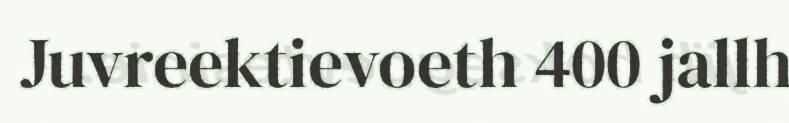
Juvreektievoeth 400 jallh